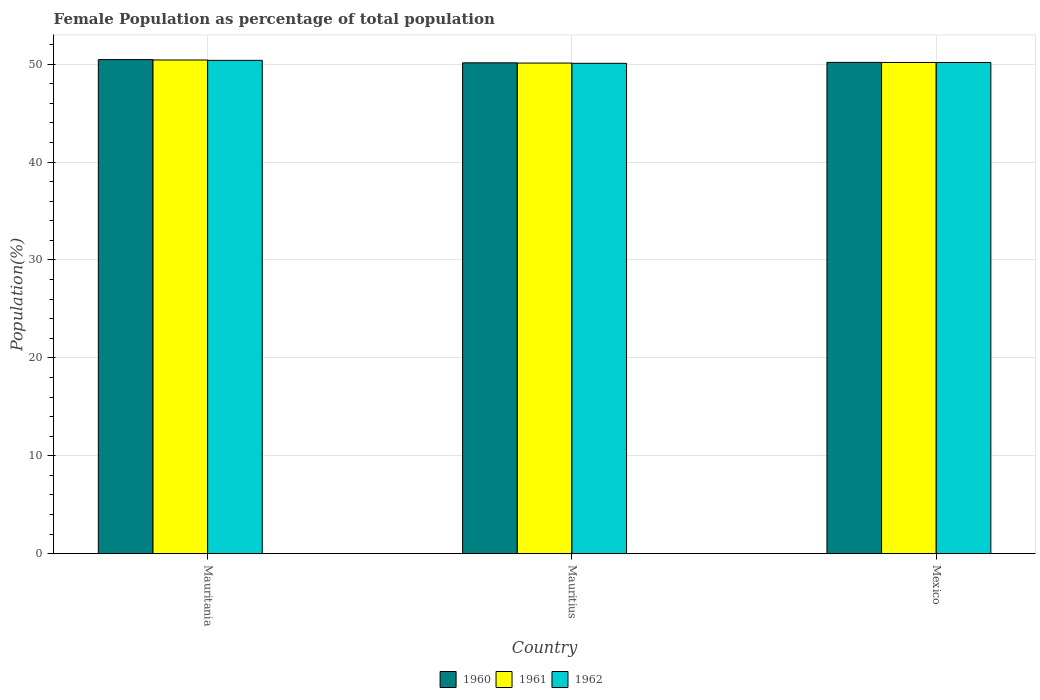
| Country | 1960 | 1961 | 1962 |
 | --- | --- | --- | --- |
 | Mauritania | 50.5 | 50.4 | 50.4 |
 | Mauritius | 50.1 | 50.1 | 50.1 |
 | Mexico | 50.2 | 50.2 | 50.2 |